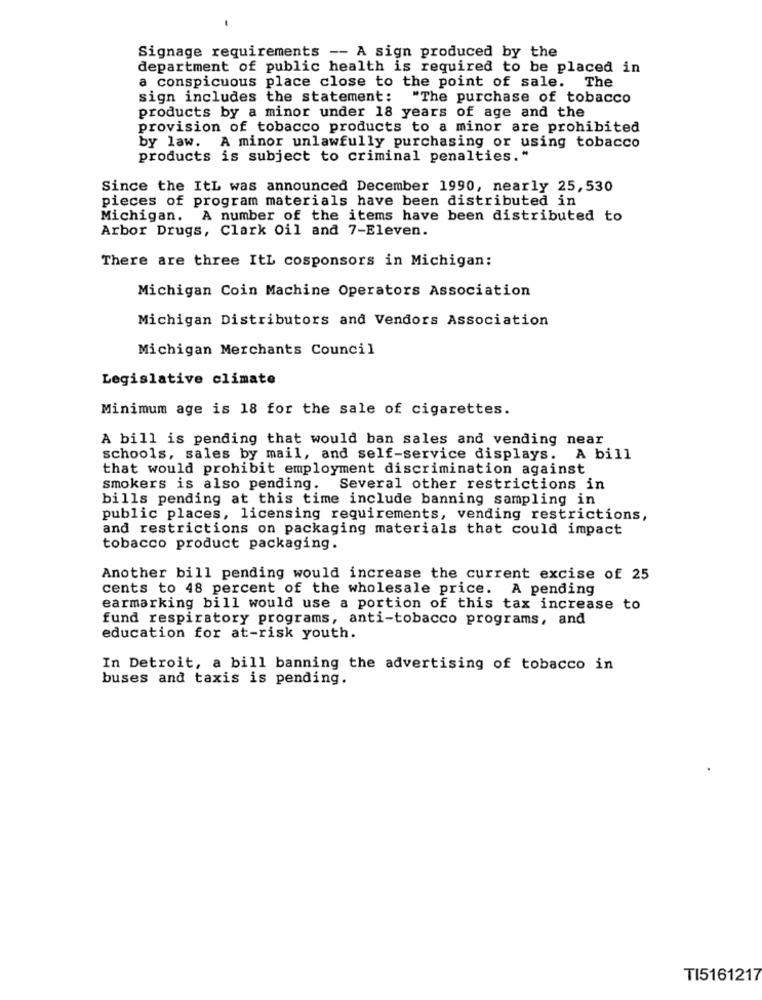
Signage requirements -- A sign produced by the
department of public health is required to be placed in
a conspicuous place close to the point of sale. The
sign includes the statement: "The purchase of tobacco
products by a minor under 18 years of age and the
provision of tobacco products to a minor are prohibited
by law. A minor unlawfully purchasing or using tobacco
products is subject to criminal penalties."
Since the ItL was announced December 1990, nearly 25,530
pieces of program materials have been distributed in
Michigan. A number of the items have been distributed to
Arbor Drugs, Clark Oil and 7-Eleven.
There are three ItL cosponsors in Michigan:
Michigan Coin Machine Operators Association
Michigan Distributors and Vendors Association
Michigan Merchants Council
Legislative climate
Minimum age is 18 for the sale of cigarettes.
A bill is pending that would ban sales and vending near
schools, sales by mail, and self-service displays. A bill
that would prohibit employment discrimination against
smokers is also pending. Several other restrictions in
bills pending at this time include banning sampling in
public places, licensing requirements, vending restrictions,
and restrictions on packaging materials that could impact
tobacco product packaging.
Another bill pending would increase the current excise of 25
cents to 48 percent of the wholesale price. A pending
earmarking bill would use a portion of this tax increase to
fund respiratory programs, anti-tobacco programs, and
education for at-risk youth.
In Detroit, a bill banning the advertising of tobacco in
buses and taxis is pending.
TI5161217